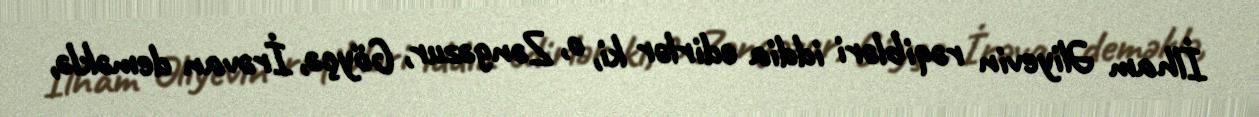
İlham Əliyevin rəqibləri iddia edirlər ki, o, Zəngəzur, Göyçə, İrəvan deməklə,